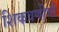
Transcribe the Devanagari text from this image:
शिकवणीची